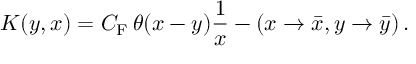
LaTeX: K ( y , x ) = C _ { \mathrm { F } } \, \theta ( x - y ) \frac { 1 } { x } - ( x \to \bar { x } , y \to \bar { y } ) \, .